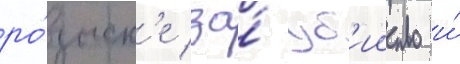
ро́зыск'е за́ уб'ииство и́